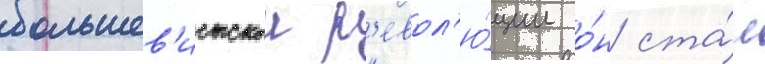
большев'истскои р'евол'ю́ции о́н ста́л